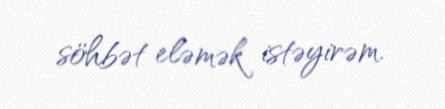
söhbət eləmək istəyirəm.